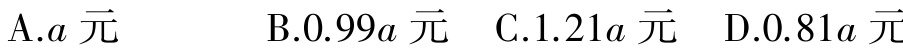
A.$a$元

B.$0.99a$元

C.$1.21a$元

D.$0.81a$元